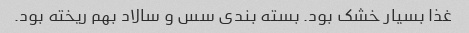
غذا بسیار خشک بود. بسته بندی سس و سالاد بهم ریخته بود.